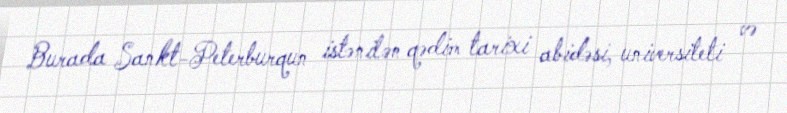
Burada Sankt-Peterburqun istənilən qədim tarixi abidəsi, universiteti və